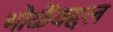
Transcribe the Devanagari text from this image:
भोळेंबद्दल